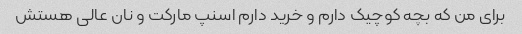
برای من که بچه کوچیک دارم و خرید دارم اسنپ مارکت و نان عالی هستش